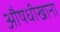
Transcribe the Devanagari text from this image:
औषधीखाना